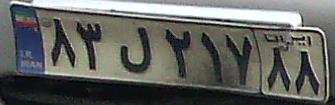
۸۳ل۲۱۷۸۸